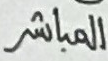
المباشر